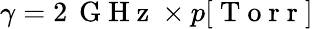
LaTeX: \gamma=2\, \mathrm{~G~H~z~}\times p[\mathrm{~T~o~r~r~}]